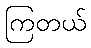
ကြတယ်